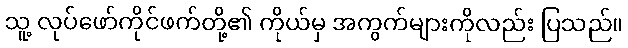
သူ့ လုပ်ဖော်ကိုင်ဖက်တို့၏ ကိုယ်မှ အကွက်များကိုလည်း ပြသည်။